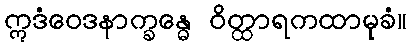
ဣဒံဝေဒနာက္ခန္ဓေ ဝိတ္ထာရကထာမုခံ။